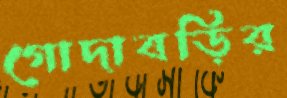
গোদাবড়ির